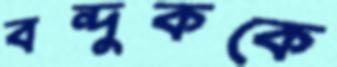
বন্দুককে